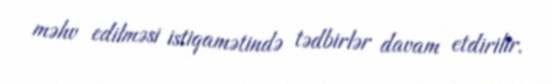
məhv edilməsi istiqamətində tədbirlər davam etdirilir.